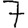
Digit: 7